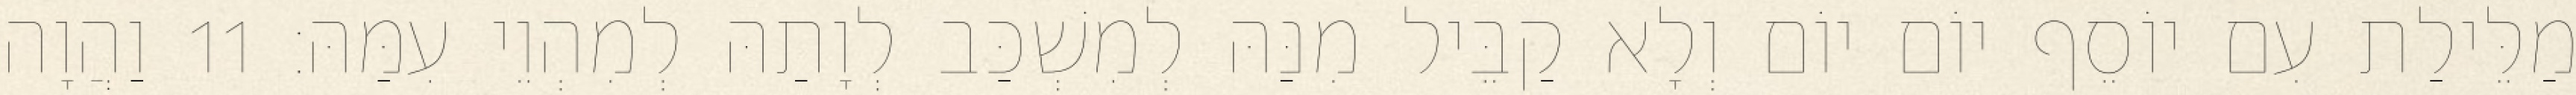
מַלֵּילַת עִם יוֹסֵף יוֹם יוֹם וְלָא קַבֵּיל מִנַּהּ לְמִשְׁכַּב לְוָתַהּ לְמִהְוֵי עִמַּהּ׃ 11 וַהֲוָה